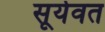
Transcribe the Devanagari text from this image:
सूर्यवत